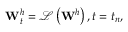
\mathbf { W } _ { t } ^ { h } = \mathcal { L } \left( { { \mathbf { W } } ^ { h } } \right) , t = { { t } _ { n } } ,